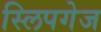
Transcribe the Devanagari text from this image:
स्लिपगेज